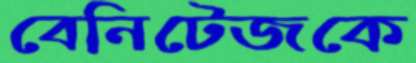
বেনিটেজকে